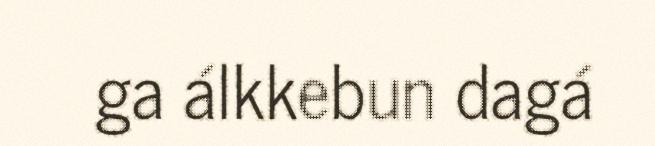
ga álkkebun dagá